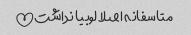
متاسفانه اصلا لوبیا نداشت!!!!